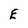
Character: E